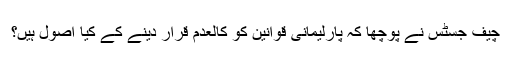
چیف جسٹس نے پوچھا کہ پارلیمانی قوانین کو کالعدم قرار دینے کے کیا اصول ہیں؟